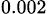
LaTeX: _{0.002}